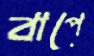
বাপে